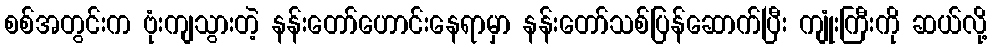
စစ်အတွင်းက ဗုံးကျသွားတဲ့ နန်းတော်ဟောင်းနေရာမှာ နန်းတော်သစ်ပြန်ဆောက်ပြီး ကျုံးကြီးကို ဆယ်လို့